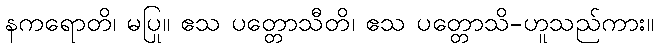
နကရောတိ၊ မပြု။ ဧသ ပတ္တောသီတိ၊ ဧသ ပတ္တောသိ-ဟူသည်ကား။